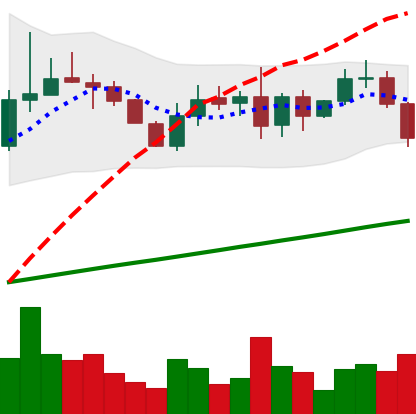
Ticker: LINK-USD
Chart end date: 2019-08-21
Forward return: -6.293%
Label: down_5_7